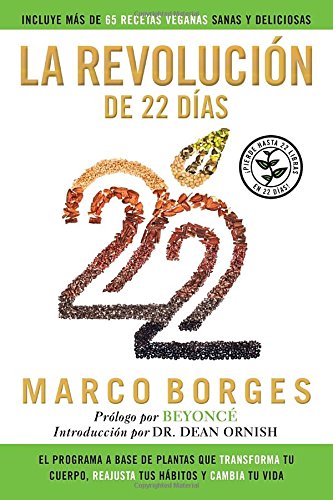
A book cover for La revoluciÃ³n de 22 dÃ­as: El programa a base de plantas que TRANSFORMA tu cuerpo, REAJUSTA tu hÃ¡bitos y CA MBIA tu vida (Spanish Edition); Marco Borges; Health, Fitness & Dieting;